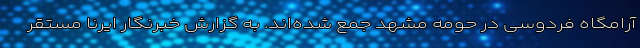
آرامگاه فردوسی در حومه مشهد جمع شده‌اند. به گزارش خبرنگار ایرنا مستقر